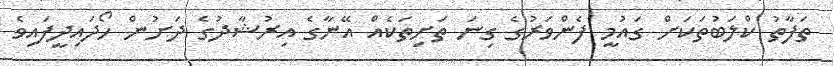
ތަފާތު ކްލަބުތަކަށް ގައުމީ ފެންވަރުގެ ގިނަ ތަށިތަކެއް އޭނާގެ އިރުޝާދުގެ ދަށުން ހޯދައިދީފައިވެ